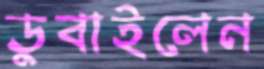
ডুবাইলেন